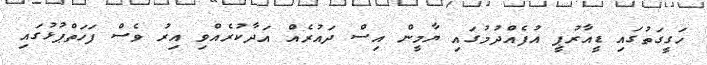
ހަގީގަތުގައި ޑީއާާރުޕީ އުފެއްދުމުގައި ޔާމީން އިސް ދައުރެއް އަދާކުރެއްވި އިރު ވެސް ފަހަތްޕުޅުގައި